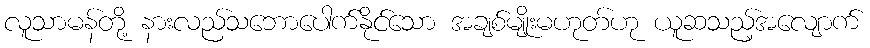
လူသာမန်တို့ နားလည်သဘောပေါက်နိုင်သော အချစ်မျိုးမဟုတ်ဟု ယူဆသည့်အလျောက်